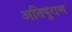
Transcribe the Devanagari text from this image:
अतिपुराण